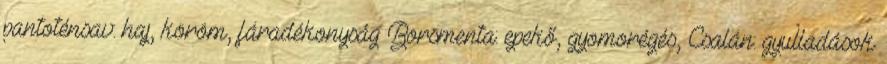
pantoténsav: haj, köröm, fáradékonyság Borsmenta: epekő, gyomorégés, Csalán: gyulladások